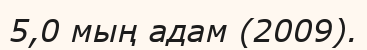
5,0 мың адам (2009).